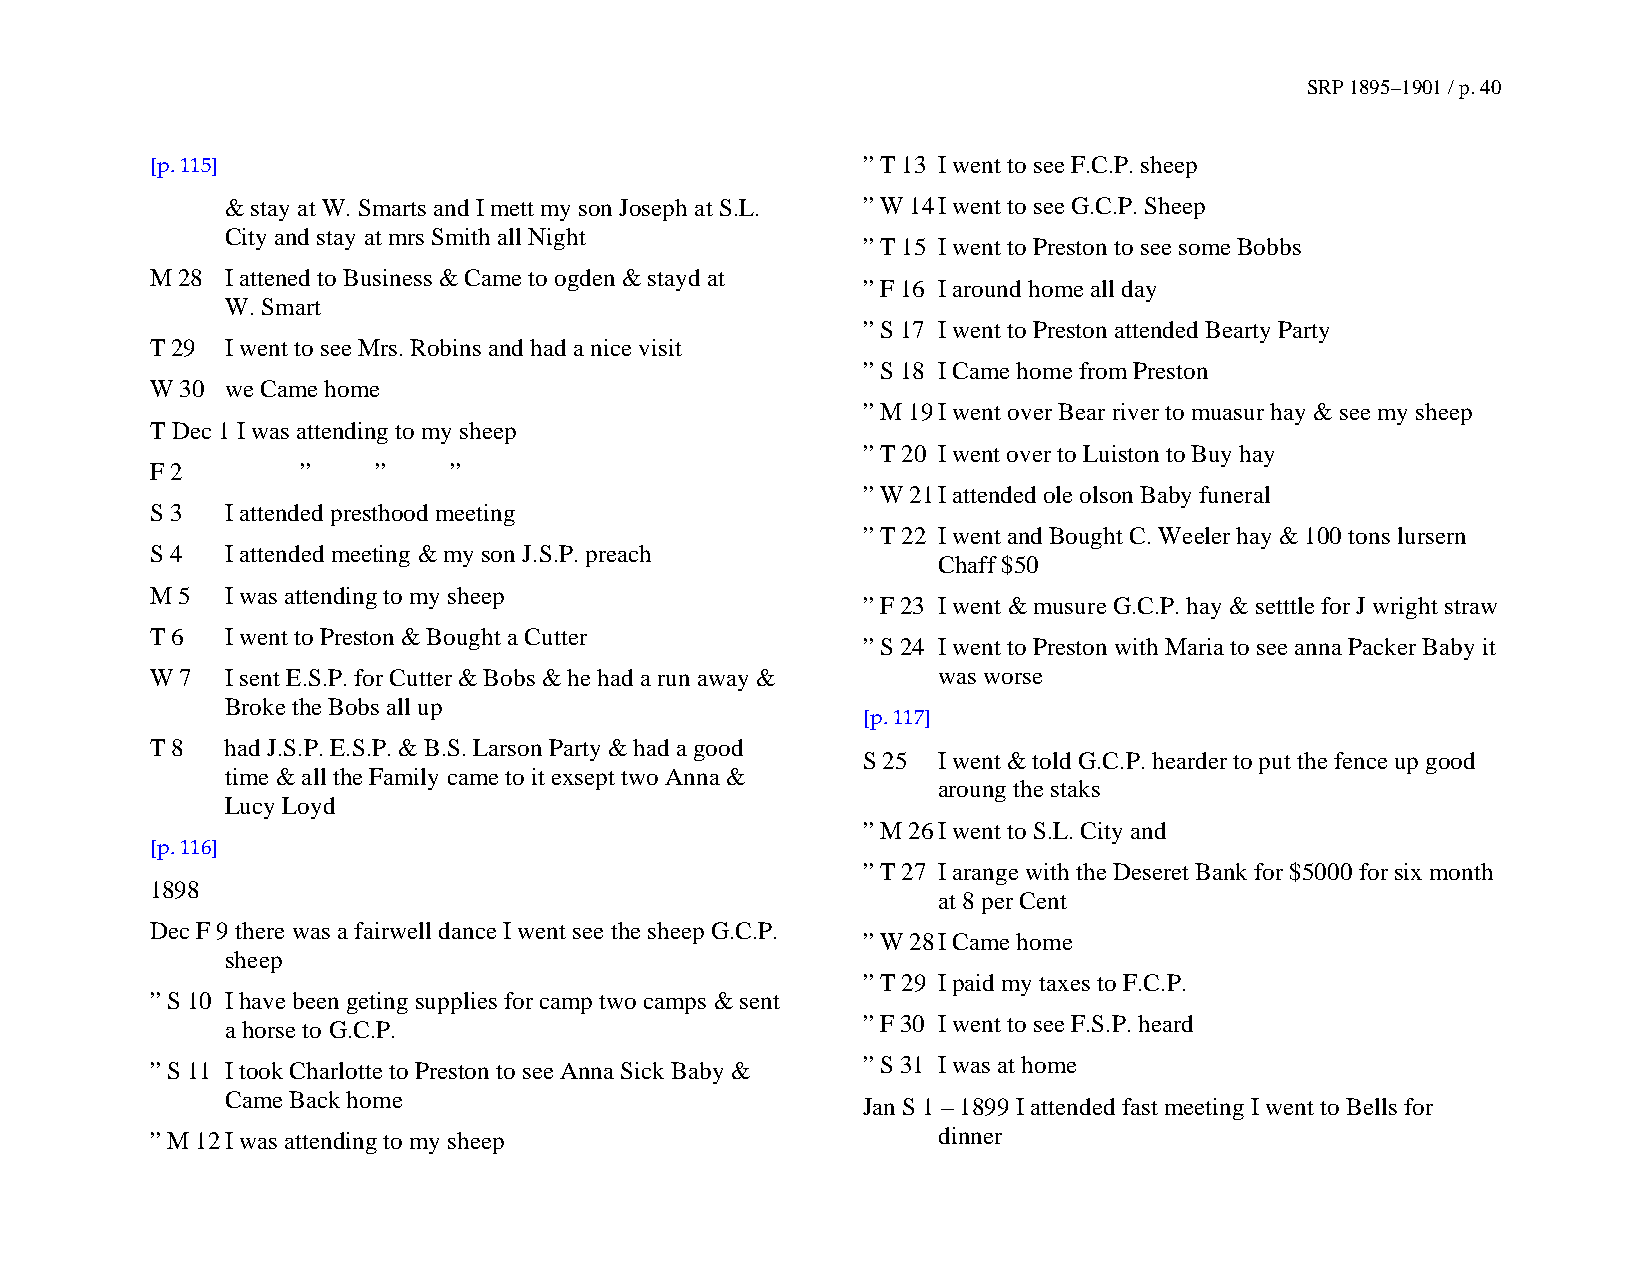
SRP 1895–1901 / p. 40
 [p. 115]                                       ” T 13 I went to see F.C.P. sheep
 & stay at W. Smarts and I mett my son Joseph at S.L. ” W 14 I went to see G.C.P. Sheep
 City and stay at mrs Smith all Night
 ” T 15 I went to Preston to see some Bobbs
 M 28 I attened to Business & Came to ogden & stayd at
 ” F 16 I around home all day
 W. Smart
 ” S 17 I went to Preston attended Bearty Party
 T 29 I went to see Mrs. Robins and had a nice visit
 ” S 18 I Came home from Preston
 W 30 we Came home
 ” M 19 I went over Bear river to muasur hay & see my sheep
 T Dec 1 I was attending to my sheep
 ” T 20 I went over to Luiston to Buy hay
 F 2       ”    ”    ”
 ” W 21 I attended ole olson Baby funeral
 S 3  I attended presthood meeting
 ” T 22 I went and Bought C. Weeler hay & 100 tons lursern
 S 4  I attended meeting & my son J.S.P. preach
 Chaff $50
 M 5  I was attending to my sheep
 ” F 23 I went & musure G.C.P. hay & setttle for J wright straw
 T 6  I went to Preston & Bought a Cutter
 ” S 24 I went to Preston with Maria to see anna Packer Baby it
 W 7  I sent E.S.P. for Cutter & Bobs & he had a run away & was worse
 Broke the Bobs all up
 [p. 117]
 T 8  had J.S.P. E.S.P. & B.S. Larson Party & had a good
 S 25 I went & told G.C.P. hearder to put the fence up good
 time & all the Family came to it exsept two Anna &
 aroung the staks
 Lucy Loyd
 ” M 26 I went to S.L. City and
 [p. 116]
 ” T 27 I arange with the Deseret Bank for $5000 for six month
 1898
 at 8 per Cent
 Dec F 9 there was a fairwell dance I went see the sheep G.C.P.
 ” W 28 I Came home
 sheep
 ” T 29 I paid my taxes to F.C.P.
 ” S 10 I have been geting supplies for camp two camps & sent
 a horse to G.C.P.                         ” F 30 I went to see F.S.P. heard
 ” S 11 I took Charlotte to Preston to see Anna Sick Baby & ” S 31 I was at home
 Came Back home
 Jan S 1 – 1899 I attended fast meeting I went to Bells for
 ” M 12 I was attending to my sheep                  dinner